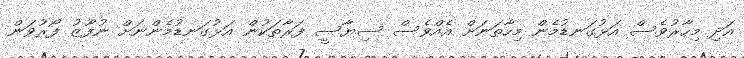
އަދި މިހާރުވެސް އަޅުގަނޑުމެން މިހާތަނަށް އެއްވެސް ސިޔާސީ ފަރާތަކުން އަޅުގަނޑުމެންނަށް ނުފޫޒު ފޯރުވަން